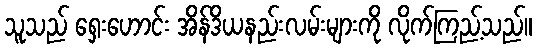
သူသည် ရှေးဟောင်း အိန်ဒိယနည်းလမ်းများကို လိုက်ကြည့်သည်။